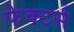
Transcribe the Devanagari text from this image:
फेक्टर्स